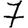
Digit: 7